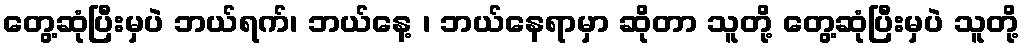
တွေ့ဆုံပြီးမှပဲ ဘယ်ရက်၊ ဘယ်နေ့ ၊ ဘယ်နေရာမှာ ဆိုတာ သူတို့ တွေ့ဆုံပြီးမှပဲ သူတို့